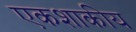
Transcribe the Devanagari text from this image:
एकशाकीय